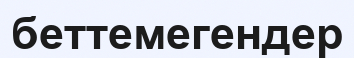
беттемегендер